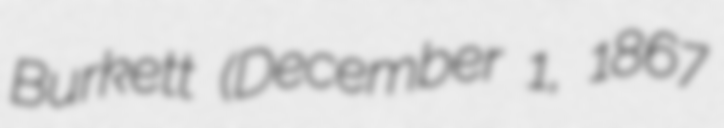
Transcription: Burkett (December 1, 1867